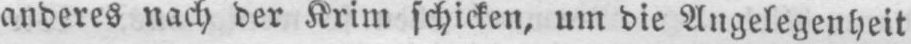
anderes nach der Krim schicken, um die Angelegenheit